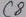
Text: C8